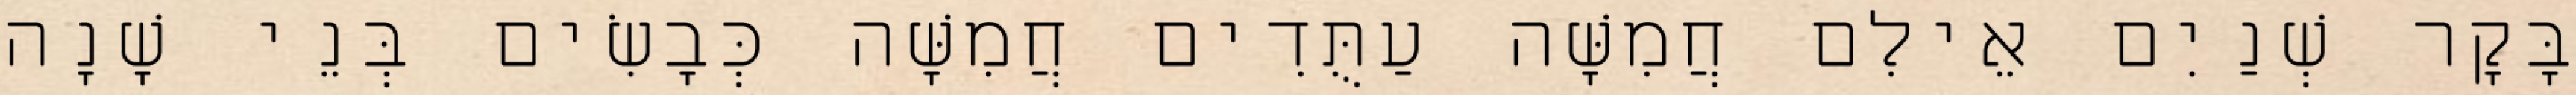
בָּקָר שְׁנַיִם אֵילִם חֲמִשָּׁה עַתֻּדִים חֲמִשָּׁה כְּבָשִׂים בְּנֵי שָׁנָה